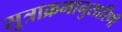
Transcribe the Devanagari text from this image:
सूत्राक्रमानुसारिणी